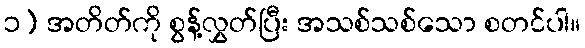
၁) အတိတ်ကို စွန့်လွှတ်ပြီး အသစ်သစ်သော စတင်ပါ။